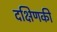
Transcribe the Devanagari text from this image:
दक्षिणकी